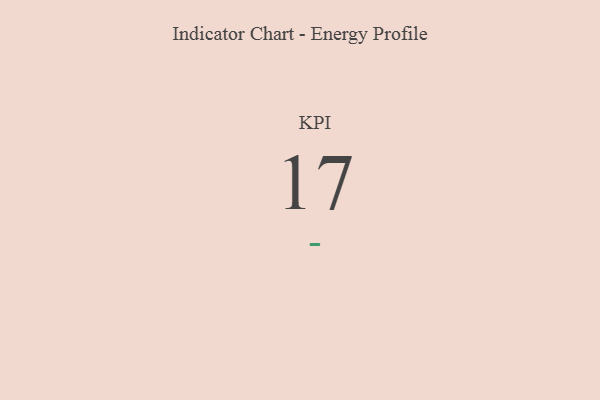
{"axis": {"x": "KPI", "y": "Value"}, "legend": [""], "data": [{"x": "KPI", "y": 17, "type": ""}]}